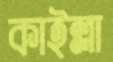
কাইল্লা